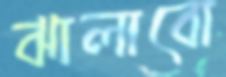
ঝালাবো